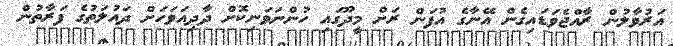
އަރުވާލުން ރާއްޖެވަޑައިގެން އޭނާގެ އުފަން ރަށް މީދޫގައި ހުންނަވަނިކޮށް ދާދިއަވަހަށް ދައުލަތުގެ ފަރާތުން